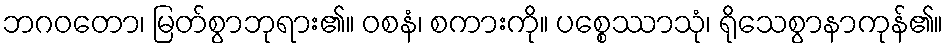
ဘဂဝတော၊ မြတ်စွာဘုရား၏။ ဝစနံ၊ စကားကို။ ပစ္စေဿာသုံ၊ ရိုသေစွာနာကုန်၏။